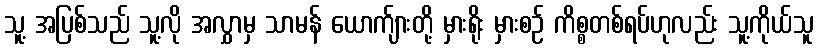
သူ့ အပြစ်သည် သူ့လို အလွှာမှ သာမန် ယောက်ျားတို့ မှားရိုး မှားစဉ် ကိစ္စတစ်ရပ်ဟုလည်း သူ့ကိုယ်သူ